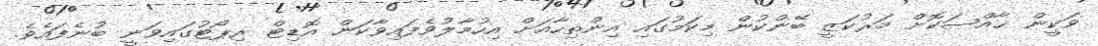
ވަކީން ޚާއްޞަކޮށް މަރުކަޒީ ބޭންކުން މިކަމުގައި އިންތިހާއަށް އިހުމާލުވެފައިވާކަން އޮޑިޓް ރިޕޯޓުގައިވަނީ ބުނެފައެވެ.